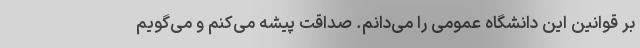
بر قوانین این دانشگاه عمومی را می‌دانم. صداقت پیشه می‌کنم و می‌گویم